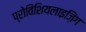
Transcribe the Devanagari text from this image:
प्रोविंशियलाइज़िंग